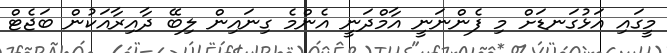
މީގައި އަޅުގަނޑަށް މި ފެންނަނީ އާމްދަނީ އެންމެ ގިނައިން ލިބޭ ދާއިރާއަކުން ބަޖެޓް